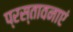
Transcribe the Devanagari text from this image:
प्रस्तावनाएं